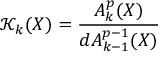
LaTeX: { \mathcal { K } } _ { k } ( X ) = { \frac { A _ { k } ^ { p } ( X ) } { d A _ { k - 1 } ^ { p - 1 } ( X ) } }